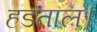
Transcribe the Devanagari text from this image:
हडताल।